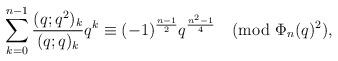
LaTeX: \begin{align*}\sum_{k=0}^{n-1}\frac{(q;q^2)_k}{(q;q)_k}q^k\equiv (-1)^{\frac{n-1}{2}}q^{\frac{n^2-1}{4}}\pmod{\Phi_{n}(q)^2},\end{align*}